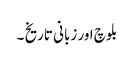
بلوچ اور زبانی تاریخ ۔